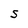
Character: S